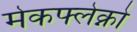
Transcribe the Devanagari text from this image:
मेकफ्लेक्नो